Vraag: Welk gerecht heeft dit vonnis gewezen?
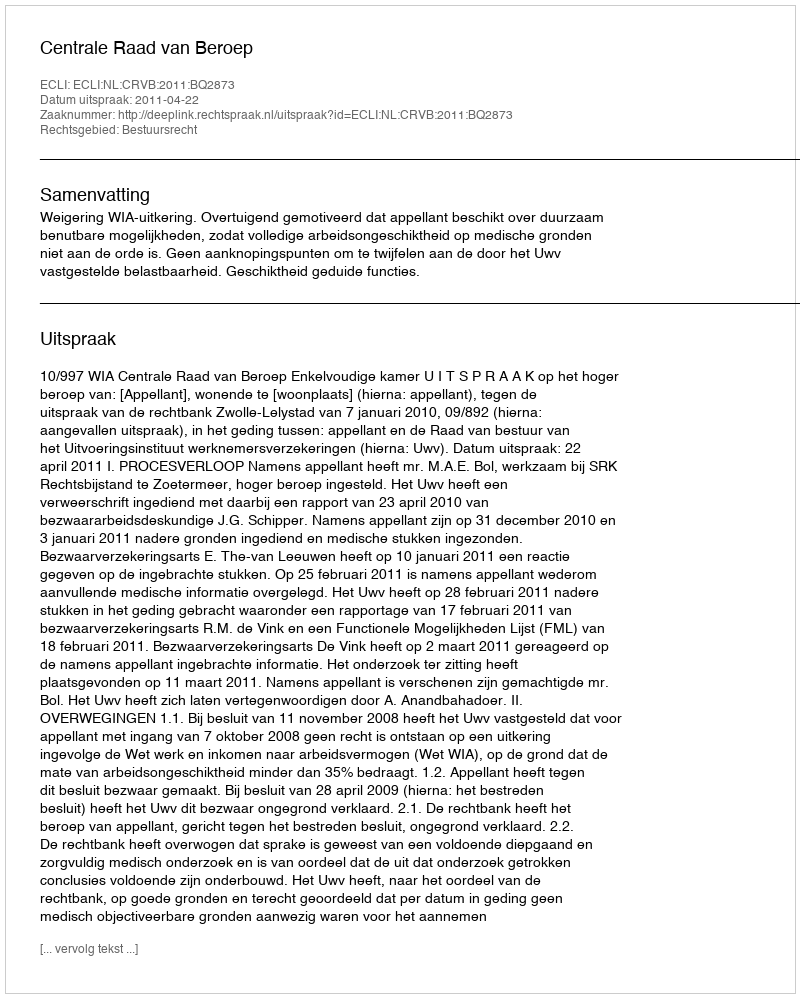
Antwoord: Centrale Raad van Beroep